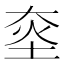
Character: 𱫀